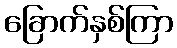
ခြောက်နှစ်ကြာ